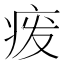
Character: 𬏦